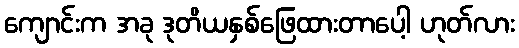
ကျောင်းက အခု ဒုတိယနှစ်ဖြေထားတာပေါ့ ဟုတ်လား